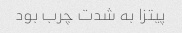
پیتزا به شدت چرب بود